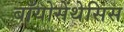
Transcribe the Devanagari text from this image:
बॉयोसेंथेसिस